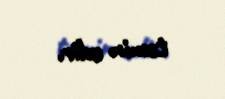
təmin edir.